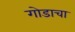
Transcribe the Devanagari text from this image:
गोडाचा